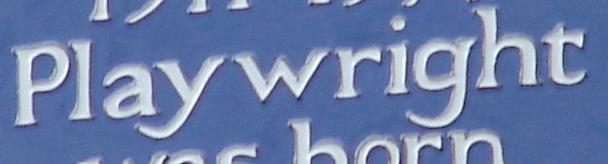
Playwright